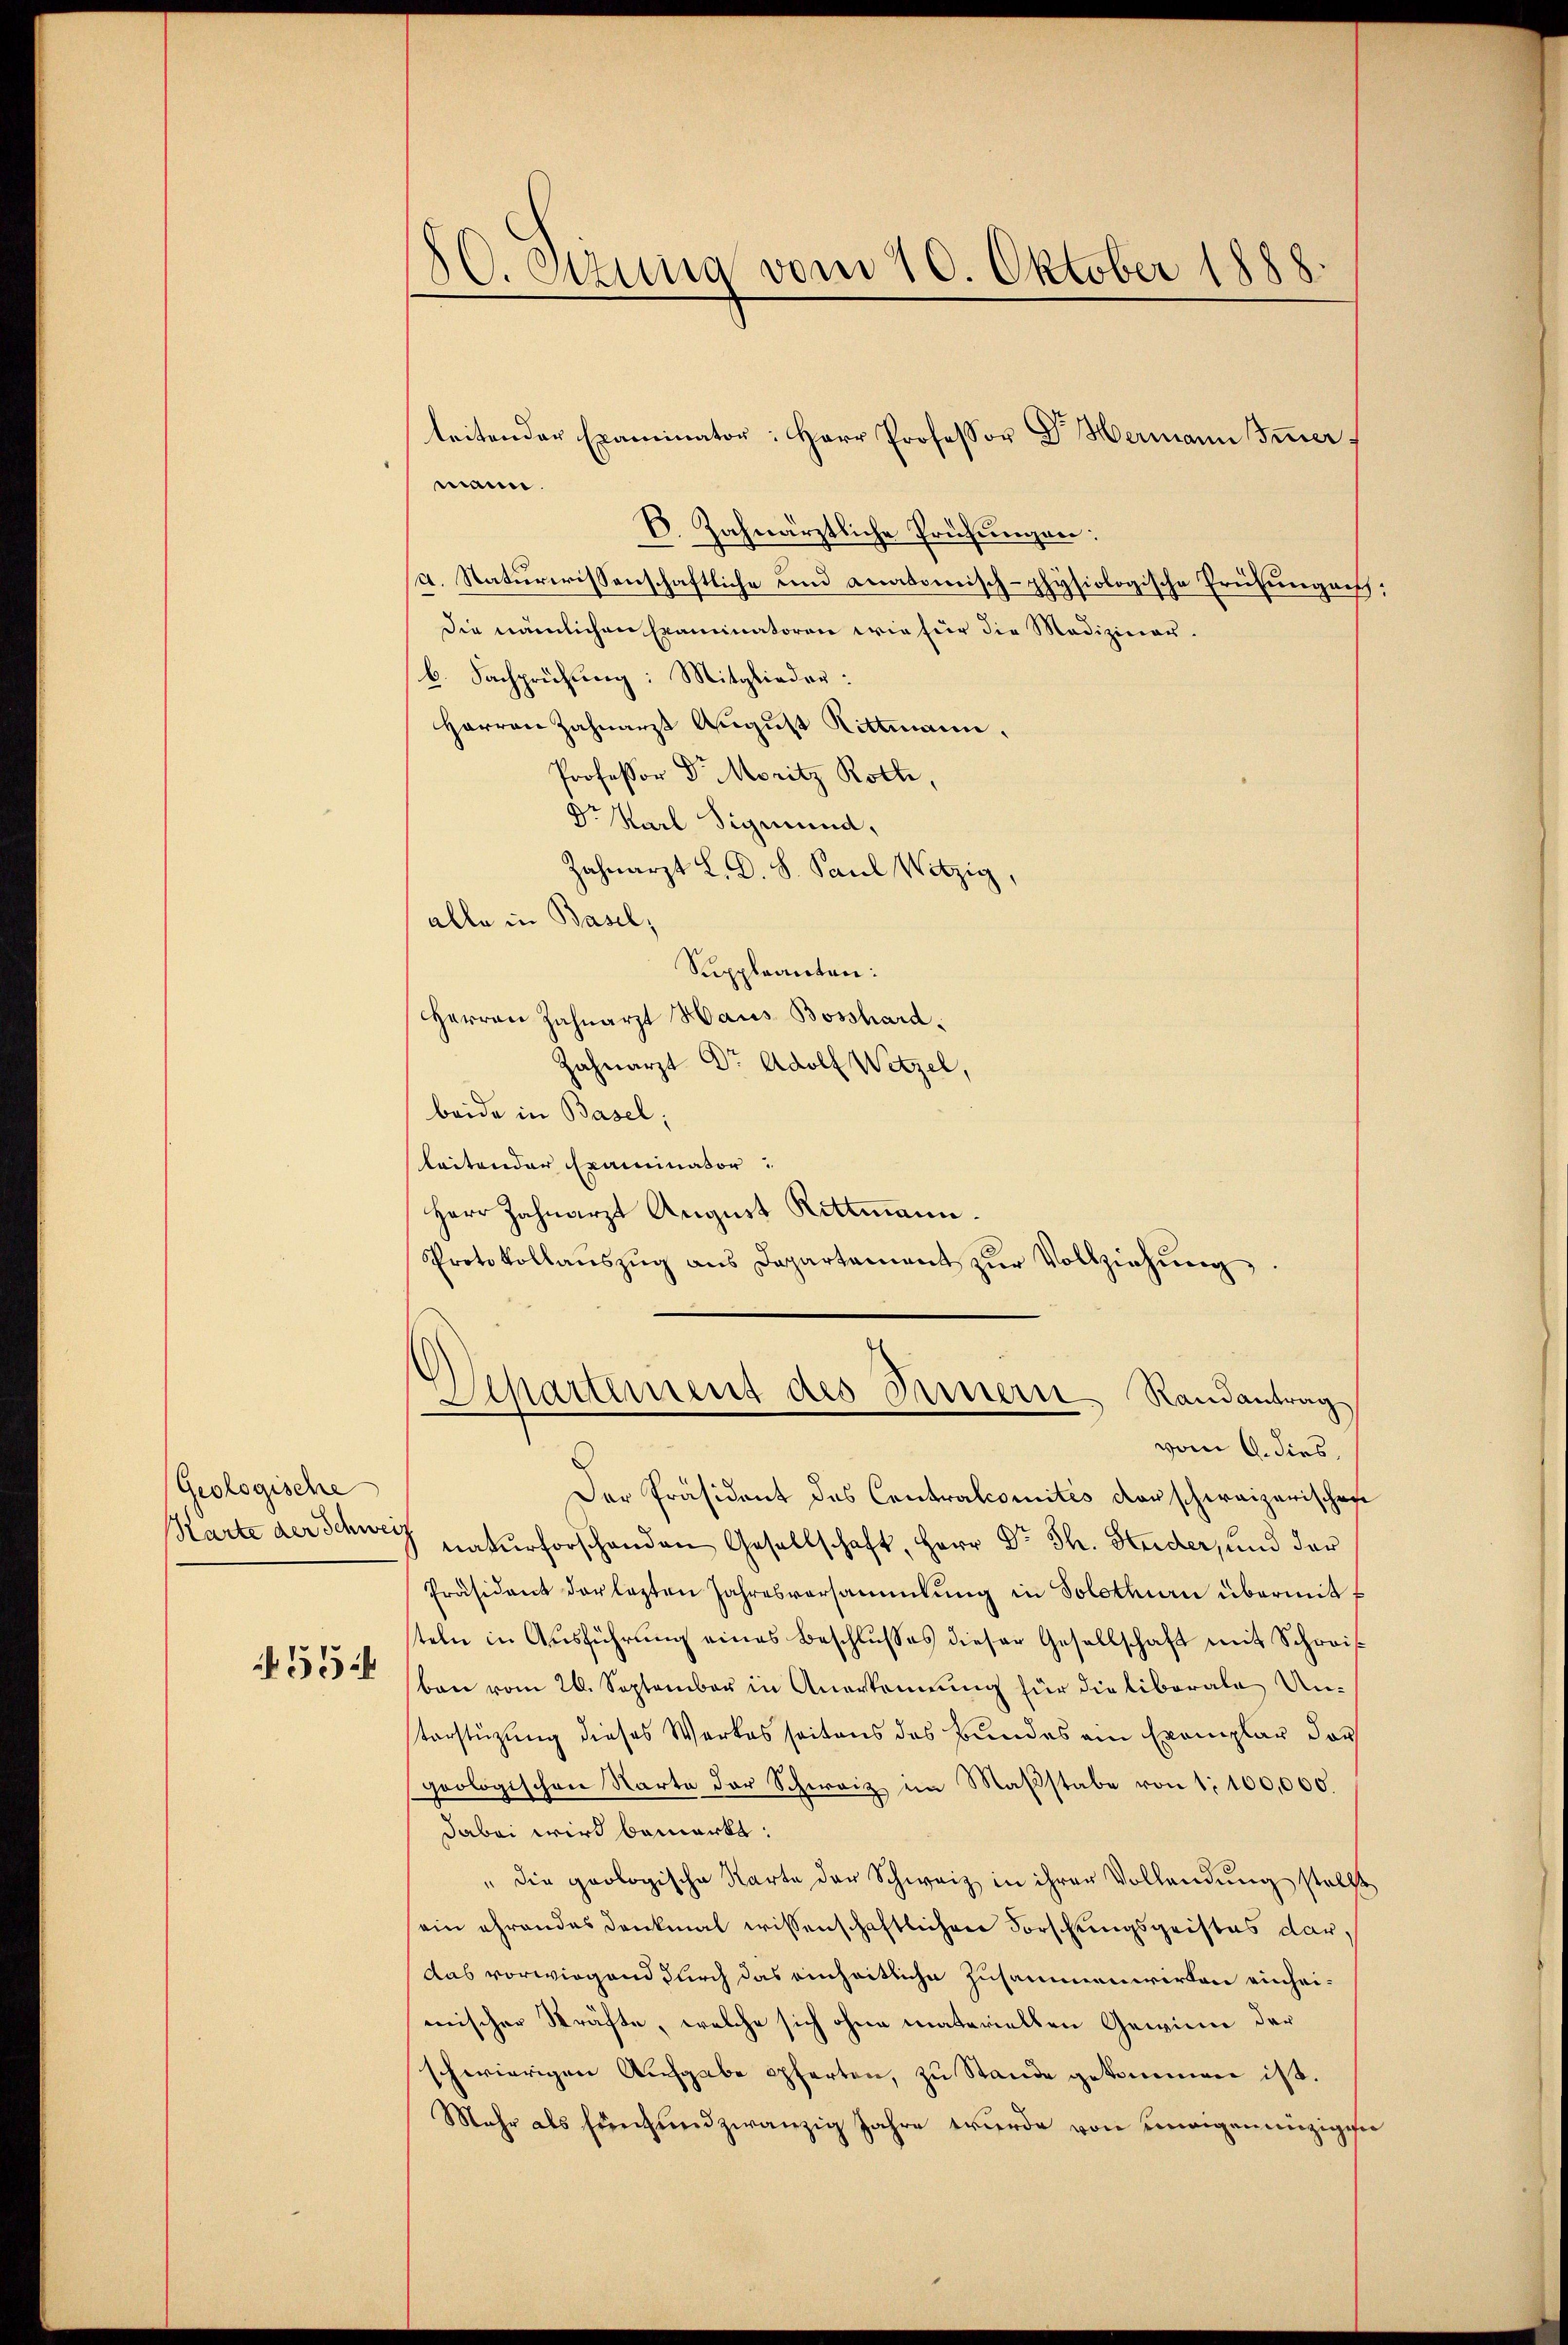
Geologische
Karte der Schwei
554

8C. Stzung vom 10. Oktober 1888.

mann
C. Zahnärztliche Prüfungen:
d. Naturwissenschaftliche und anatomisch-physiologische Preisungensch;
die nämlichen Examinatoren wie für die Mediziner-
b. Fachprüfung: Mitglieder:
Harren Zahnarzt August Rittmann,
Professor Dr. Moritz Roth,
Dr Karl Sigmund,
Zahnarzt L. D. S. Paul Witzig
alle in Basel,
Suppleanten:
Herren Zahnarzt Haus Bosshard.
Zahnarzt Dr. Adolf Wetzel,
beide in Basel;
leitender Examinator
Herr Zahnarzt August Rittmann
Protokollaŭszŭg ans Departement zŭr Vollziehŭng,

teitender Examinator: Herr Professor Dr. Hermann Sinner

d
Der Präsident des Contralcomités darschweizerischen
 naturforschenden Gesellschaft, Herr Dr. Th. Studer, und der
Präsident der lezten Jahresversammlung in Solothurn übermitt
teln in Ausführung eines Beschlusses dieser Gesellschaft mit Schreisban vom 26. September in Anerkennung für die liberale Un¬
Vorstüzung dieses Werkes seitens des Bundes ein Exemplar dar
poologischen Karte der Schweiz im Maβstabe von 1:100,000.
dabei wird bemerkt:
" die geologische Karte der Schweiz in ihrer Vollendung stellt
sein ehrendes Denkmal wissenschaftlichen Forschungsgeistes dardas vorwiegend durch das einheitliche Zusammenwirken einheimischer Sträfte, welche sich ohne materiellen Gewinn der
schwierigen Aufgabe opferten, zu Stande gekommen ist.
Mehr als Einhundzwanzig Jahre wurde von einigeneinzigese

Separtement des Innern Randantrag
vom 9. dies,